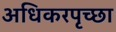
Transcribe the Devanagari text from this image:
अधिकरपृच्छा